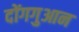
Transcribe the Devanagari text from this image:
दोंगगुआन